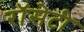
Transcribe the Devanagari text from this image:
रॉसेटी